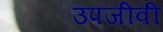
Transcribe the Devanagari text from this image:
उपजीवी